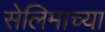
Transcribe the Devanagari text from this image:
सेलिमाच्या